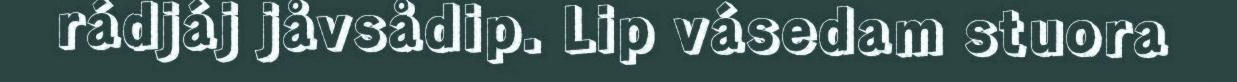
rádjáj jåvsådip. Lip vásedam stuora